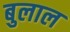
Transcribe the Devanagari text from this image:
बुलाल